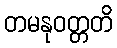
တမနုဝတ္တတိ